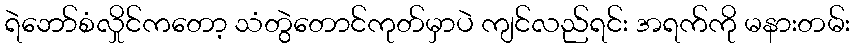
ရဲဘော်စံလှိုင်ကတော့ သံတွဲတောင်ကုတ်မှာပဲ ကျင်လည်ရင်း အရက်ကို မနားတမ်း